Madras plague regulations in force outside the Presidency town - Volume 7
Disease focus: Plague
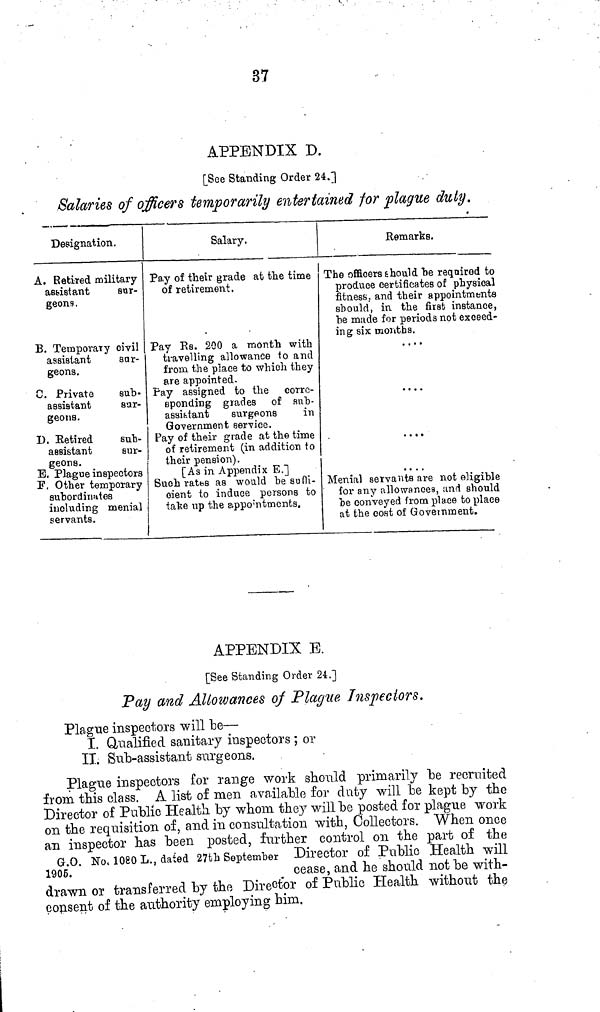
37
APPENDIX D.
[See Standing Order 24.]
Salaries of officers temporarily entertained for plague duty.
Designation.
A. Retired military
assistant
sur-
geons ,
B. Temporary civil
assistant
sar-
geons.
0. Private
sub-
assistant
sur-
geons.
D. Retired
sub-
aasi&tant
sur-
geons.
E. Plague inspectors
3?. Other temporary
subordinates
including menial
servants.
Salary.
Pa,y of their grade at the time
of retirement.
Pay Rs. 200 a month with
travelling allowance to and
from the place to which they
are appointed.
Pay assigned to the corrr>-
eponding grades of sub-
assifetant
surgeons
in
Government service.
Pay of their grade at the time
of retirement (in addition to
their pension).
[As in Appendix E.]
Suoh ratbs as would be suffi-
cient to induce persons to
tafee up the appo'ntments.
Remarks.
The officers should be reqnirod to
produce certificates of physical
fitness, and their appointments
should, in the first instance,
be made for periods not exceed-
ing six mouths.
. . . •
....
....
....
Menial servants are not eligible
for any allowances, and should
be conveyed from place to place
at the cost of Government.
APPENDIX E.
[See Standing Order 24.]
Pay and Allowances of Plague Inspectors.
Plague inspectors will be—
I. Qualified sanitary inspectors ; or
II. Sut-assistant surgeons.
Plague inspectors for range work sn.on.ld primarily "be recruited
from this class. A list of men available for duty will "be kept by the
Director of Public Health by whom they will be posted for plague work
on the requisition of, and in consultation with, Collectors. When once
an inspector has been posted, further control on the part of the
G.O. No. 1080 L., dated 27th September Director of Public Health will
1905.
cease, and he should not be with-
drawn or transferred by the Director of Public Health without the
consent of the authority employing him.